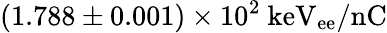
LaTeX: (1.788\pm 0.001)\times 10^{2}~\mathrm{keV_{ee}/nC}